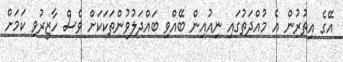
އޭގެ އިތުރުން އެ މުއްދަތުގައި ނިއުއިން ބޭއްވި ބައްދަލުވުންތަކަކަށް ވެސް ހާޒިރުވި ކަމަށް